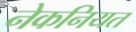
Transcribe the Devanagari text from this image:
नेकनियत